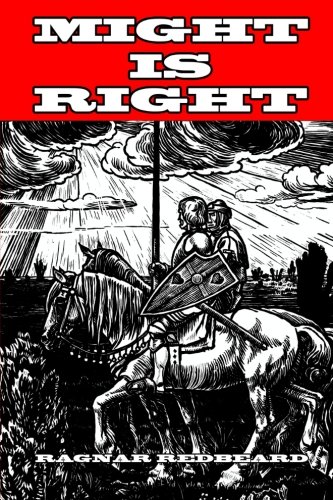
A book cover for Might is Right; Ragnar Redbeard; Politics & Social Sciences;